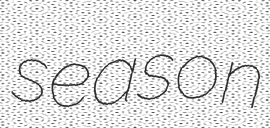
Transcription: season